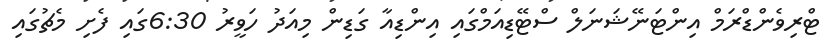
ޓްރިވެންޑްރަމް އިންޓަނޭޝަނަލް ސްޓޭޑިއަމްގައި އިންޑިއާ ގަޑިން މިއަދު ހަވީރު 6:30ގައި ފެށި މެޗުގައި